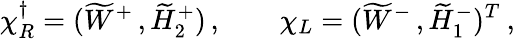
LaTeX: \chi_{R}^{\dagger}=({\widetilde W^{+}}\, ,{\widetilde{H}_{2}^{+}})\, ,\qquad\chi_{L}=({\widetilde{W}^{-}}\, ,{\widetilde{H}_{1}^{-}})^{T}\: ,